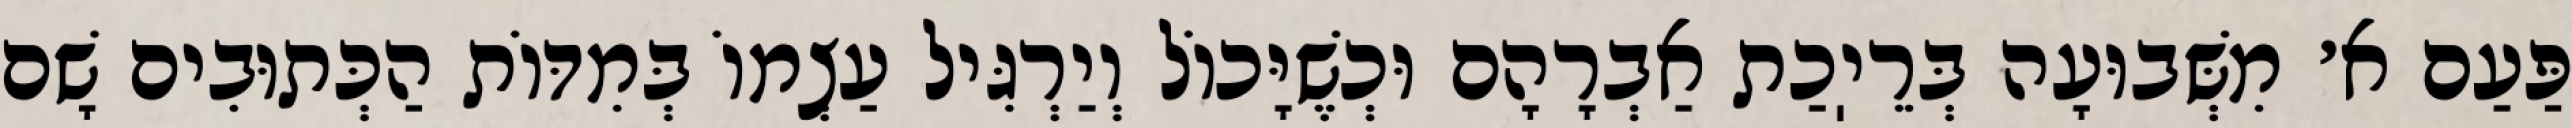
פַּעַם א׳ מִשְּׁבוּעָה בְּרֵיֽכַת אַבְרָהָם וּכְשֶׁיָּכוֹל וְיַרְגִּיל עַצְמוֹ בְּמִדּוֹת הַכְּתוּבִים שָׁם